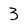
Character: 3